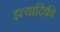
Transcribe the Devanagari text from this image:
इत्‍यादिकी